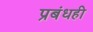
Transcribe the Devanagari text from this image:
प्रबंधही